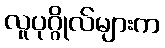
လူပုဂ္ဂိုလ်များက